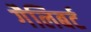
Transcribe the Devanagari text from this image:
गैलिबर्ट